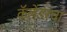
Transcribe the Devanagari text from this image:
कॅलेंडरचा